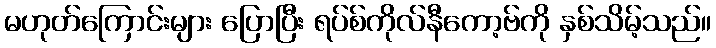
မဟုတ်ကြောင်းများ ပြောပြီး ရပ်စ်ကိုလ်နီကော့ဗ်ကို နှစ်သိမ့်သည်။